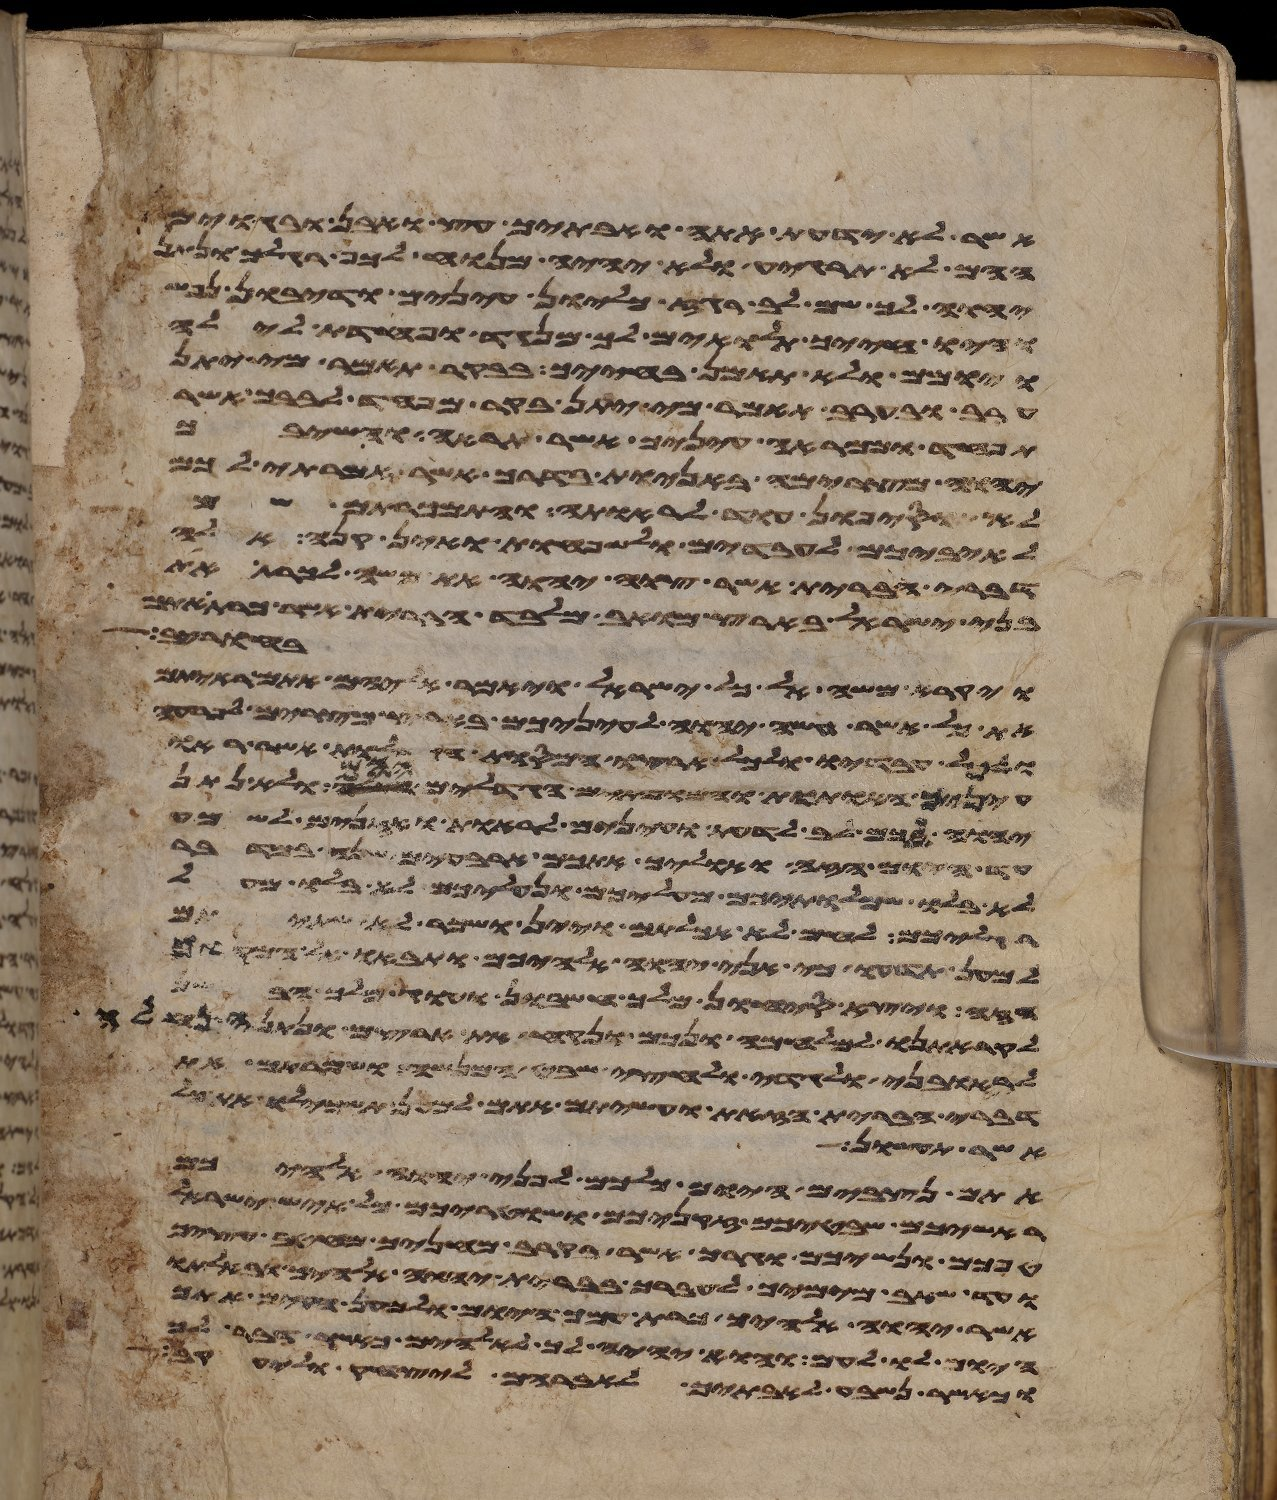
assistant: אשר לא ידעת אתה ואבתיך עץ ואבן ובגוים
ההם לא תרגיע ולא יהיה מנוח לכף רגלך ונתן
יהוה לך שם לב רגז כליון עינים ודיבון נפש
והיו חייך תלאים לך מנגד ופחדת לילה
ויומם ולא תאמן בחייך בבקר תאמר מי יתן
ערב ובערב תאמר מי יתן בקר מפחד לבבך אשר
תפחד וממראה עיניך אשר תראה והשיבך
יהוה מצרימה באניות בדרך אשר אמרתי לכם
לא תוסיפון עוד לראותה והתמכרתם שם
לאיביכם לעבדים ולשפחות ואין קנה אלה
דברי הברית אשר צוה יהוה את משה לכרת
בני ישראל בארץ מואב מלבד הברית אשר כרת אתם
רחבות עיר
ויקרא משה אל כל ישראל ויאמר אליהם אתם ראיתם
את כל אשר עשה יהוה לעיניכם בארץ מצרים לפרעה
ולכל עבדיו ולכל ארצו המסות הגדלות אשר ראו
עיניך האתות והמופתים הגדלים ההם ולא נתן
יהוה לכם לב לדעת ועינים לראות ואזנים לשמע
עד היום הזה ואוליך אתכם ארבעים שנה במדבר
לא בלו שמלתיכם מעליכם ונעליכם לא בלו מעל
רגליכם לחם לא אכלתם ויין ושכר לא שתיתם
למען תדעו כי אני יהוה אלהיכם ותבאו אל המקום
הזה ויצא סיחון מלך חשבון ועוג מלך הבשן
לקראתנו למלחמה ונכם ונקח את ארצם ונתנה נחלה
לראובני ולגדי ולחצי שבט המנשה ושמרתם את
דברי הברית הזאת ועשיתם אתם למען תשכילו את
אשר עשו
אתם נצבים היום כלכם לפני יהוה אלהיכם
ראשיכם שבטיכם זקניכם ושטריכם כל איש ישראל
טפכם ונשיכם וגרך אשר בקרב מחניך מחטב עציך
ועד שאב מימיך לעברך בברית יהוה אלהיך ובאלתו
אשר יהוה אלהיך כרת עמך היום ולמען הקים אתך
היום לו לעם והוא יהיה לך לאלהים כאשר דבר לך
וכאשר נשבע לאבתך לאברהם ליצחק וליעקב